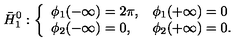
\bar { H } _ { 1 } ^ { 0 } : \left\{ \begin{array} { l l } { \phi _ { 1 } ( - \infty ) = 2 \pi , } & { \phi _ { 1 } ( + \infty ) = 0 } \\ { \phi _ { 2 } ( - \infty ) = 0 , } & { \phi _ { 2 } ( + \infty ) = 0 . } \\ \end{array} \right.